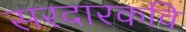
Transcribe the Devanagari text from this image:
सरदारकवि